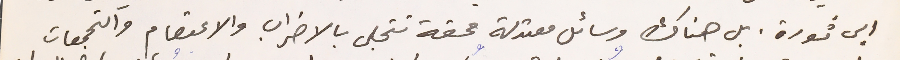
الي ثورة. بل هناك وسائل معتدلة محقة تتجلى بالاضراب والاعتصام والتجمعات